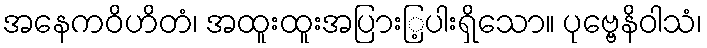
အနေကဝိဟိတံ၊ အထူးထူးအပြားြ့ပါးရှိသော။ ပုဗ္ဗေနိဝါသံ၊